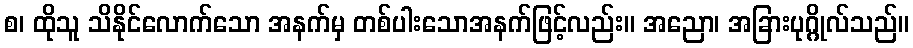
စ၊ ထိုသူ သိနိုင်လောက်သော အနက်မှ တစ်ပါးသောအနက်ဖြင့်လည်း။ အညော၊ အခြားပုဂ္ဂိုလ်သည်။